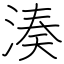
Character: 湊